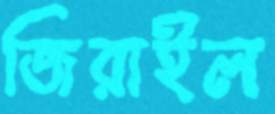
জিরাইল